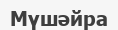
Мүшәйра